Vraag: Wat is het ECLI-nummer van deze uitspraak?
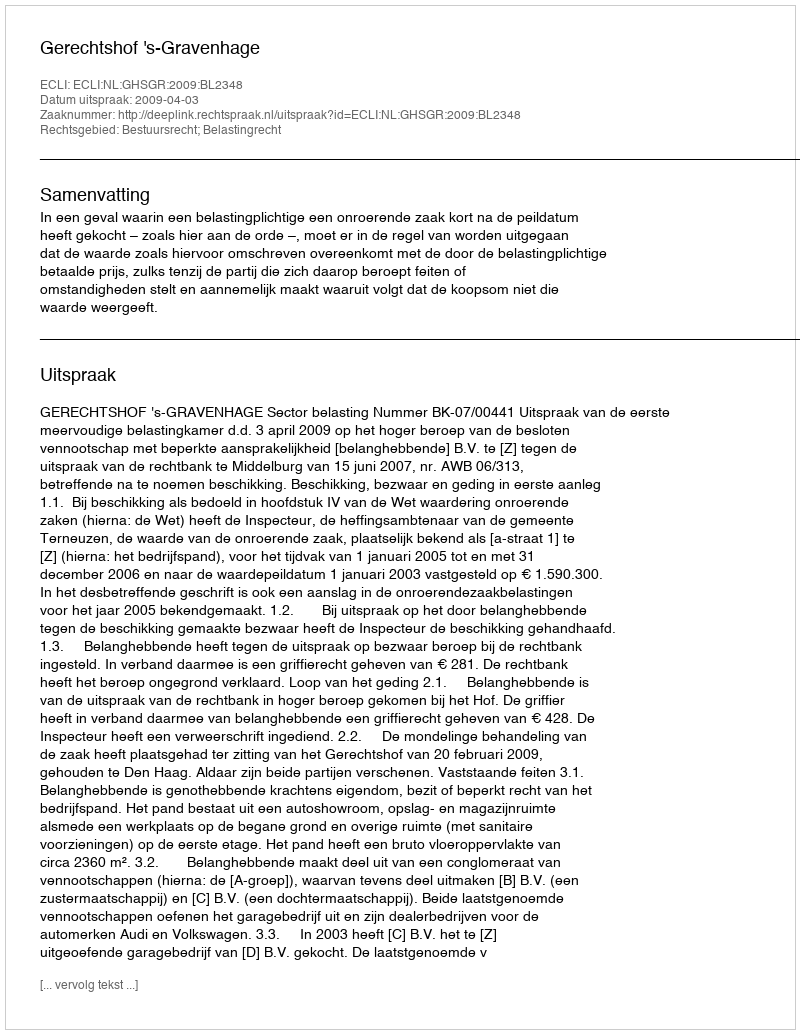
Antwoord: ECLI:NL:GHSGR:2009:BL2348